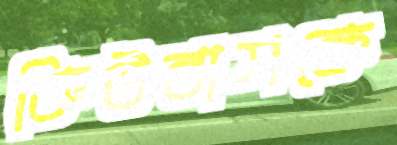
কিউবাসকে